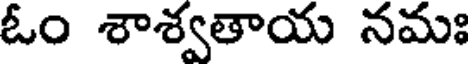
ఓం శాశ్వతాయ నమః